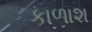
કાળાશ